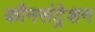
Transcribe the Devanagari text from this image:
कौनसंट्रेशन